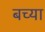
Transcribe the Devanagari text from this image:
बच्या